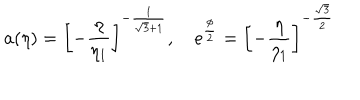
LaTeX: a ( \eta ) = \biggl [ - \frac { \eta } { \eta _ { 1 } } \biggr ] ^ { - \frac { 1 } { \sqrt { 3 } + 1 } } , ~ e ^ { \frac { \phi } { 2 } } = \biggl [ - \frac { \eta } { \eta _ { 1 } } \biggr ] ^ { - \frac { \sqrt { 3 } } { 2 } }